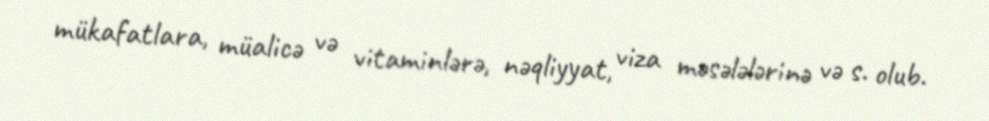
mükafatlara, müalicə və vitaminlərə, nəqliyyat, viza məsələlərinə və s. olub.